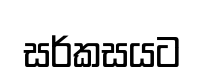
සර්කසයට